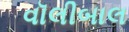
વૉલીબાલ